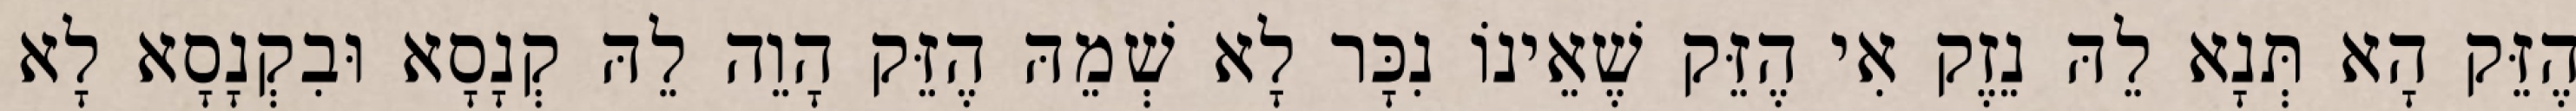
הֶזֵּק הָא תְּנָא לֵהּ נֵזֶק אִי הֶזֵּק שֶׁאֵינוֹ נִכָּר לָא שְׁמֵהּ הֶזֵּק הָוֵה לֵהּ קְנָסָא וּבִקְנָסָא לָא